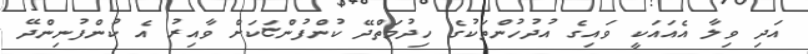
އަދި ވިލާ އެއައަކީ ވައިގެ އުދުހުންތަކުގެ ހިދުމަތްދޭ ކުންފުންޏަކަށް ވާއިރު އެ ކުންފުނިންދޭ